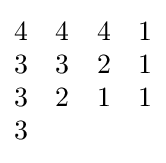
{\begin{matrix}4&4&4&1\\3&3&2&1\\3&2&1&1\\3&&&\end{matrix}}